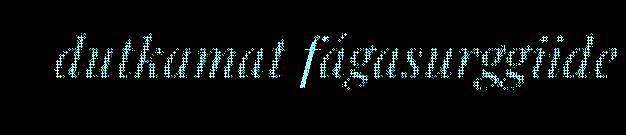
dutkamat fágasurggiide